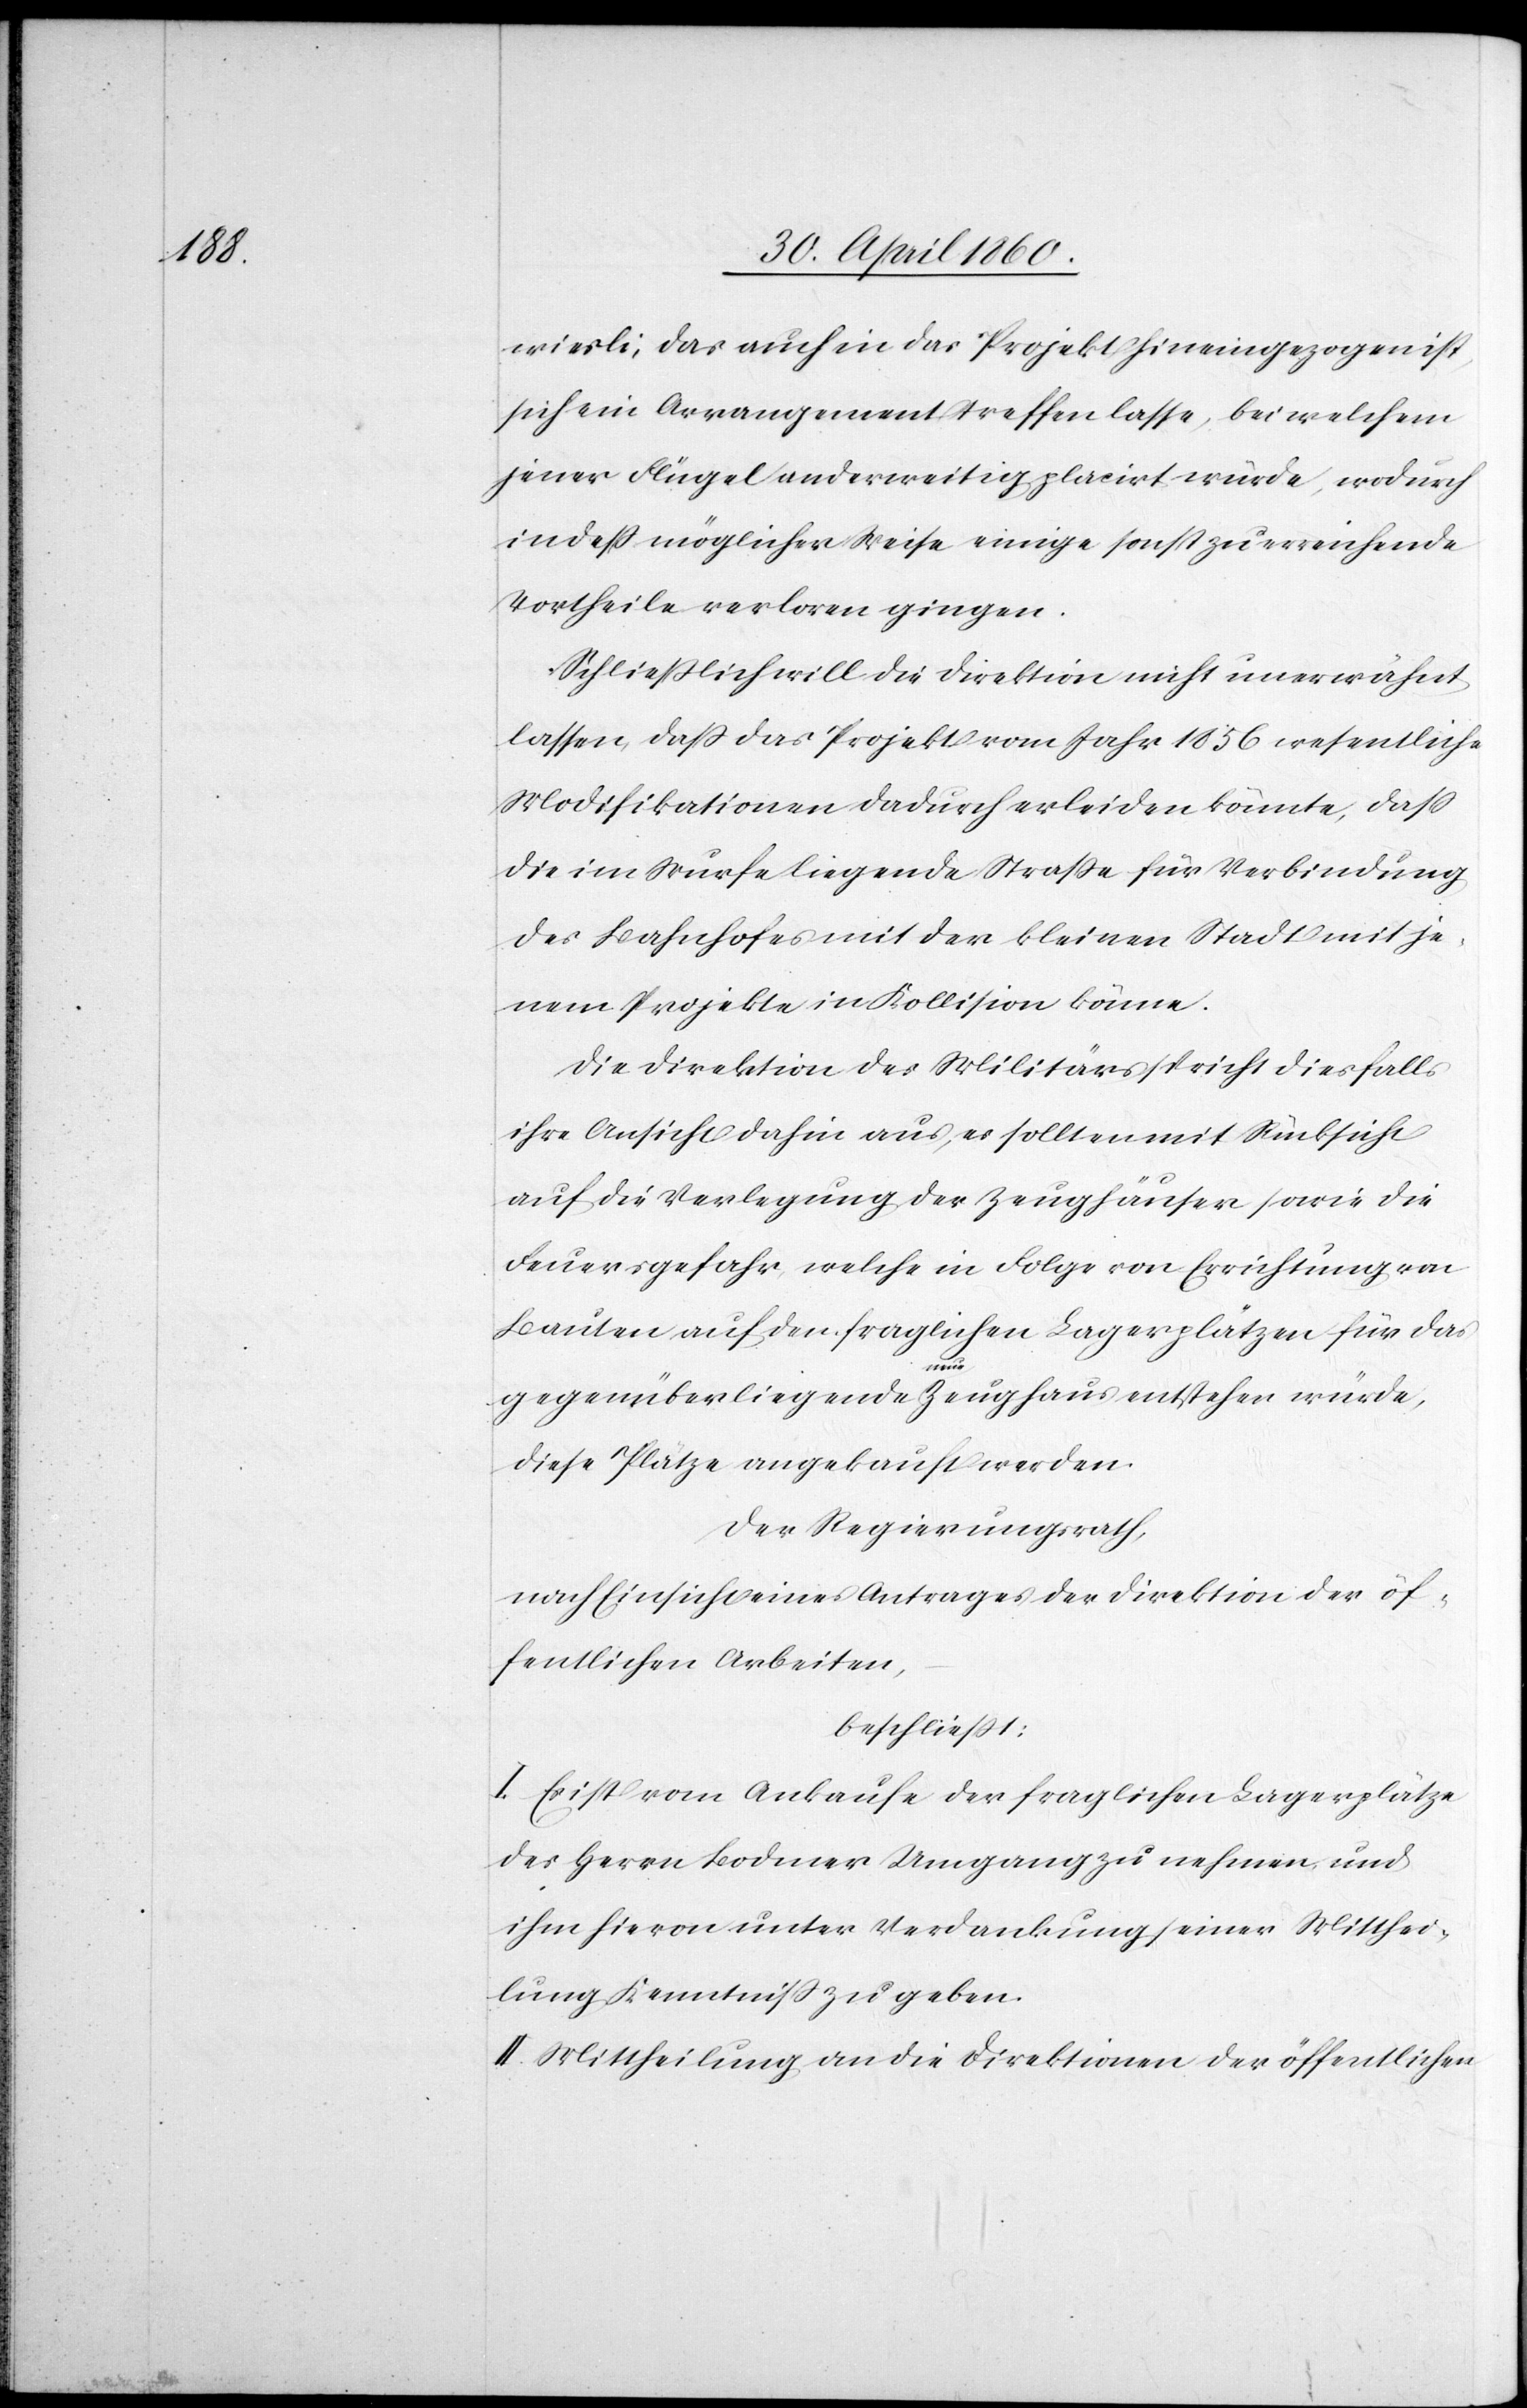
wiesli, das auch in das Projekt hineingezogen ist,
sich ein Arrangement treffen lasse, bei welchem
jener Flügel anderweitig placirt würde, wodurch
indess möglicher Weise einige sonst zu erreichende
Vortheile verloren gingen.
Schliesslich will die Direktion nicht unerwähnt
lassen, dass das Projekt vom Jahr 1856 wesentliche
Modifikationen dadurch erleiden könnte, dass
die im Wurfe liegende Strasse für Verbindung
des Bahnhofes mit der kleinen Stadt mit je¬
nem Projekte in Kollision käme.
Die Direktion des Militärs spricht diesfalls
ihre Ansicht dahin aus, es sollten mit Rücksicht
auf die Verlegung der Zeughäuser sowie die
Feuersgefahr, welche in Folge von Errichtung von
Bauten auf den fraglichen Lagerplätzen für das
gegenüberliegende neue Zeughaus entstehen würde,
diese Plätze angekauft werden.
Der Regierungsrath,
nach Einsicht eines Antrages der Direktion der öf¬
fentlichen Arbeiten,
beschliesst:
I. Es ist vom Ankaufe der fraglichen Lagerplätze
des Herrn Bodmer Umgang zu nehmen und
ihm hievon unter Verdankung seiner Mitthei¬
lung Kenntniss zu geben.
II. Mittheilung an die Direktionen der öffentlichen